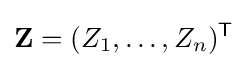
\mathbf {Z} =(Z_{1},\ldots ,Z_{n})^{\mathsf {T}}